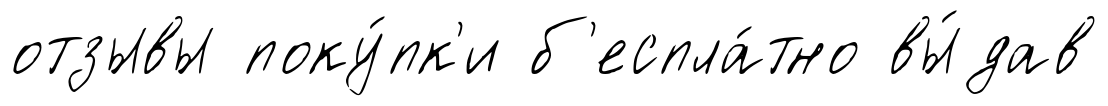
отзывы поку́пк'и б'еспла́тно вы́дав